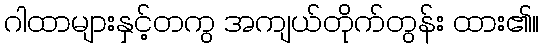
ဂါထာများနှင့်တကွ အကျယ်တိုက်တွန်း ထား၏။